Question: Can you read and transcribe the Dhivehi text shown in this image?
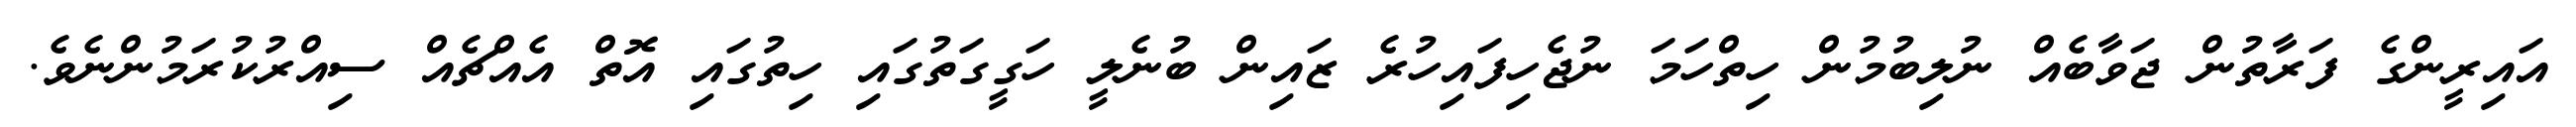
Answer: އައިރީންގެ ފަރާތުން ޖަވާބެއް ނުލިބުމުން ހިތްހަމަ ނުޖެހިފައިހުރެ ޒައިން ބުނެލީ ހަގީގަތުގައި ހިތުގައި އޮތް އެއްޗެއް ސިއްރުކުރަމުންނެވެ.